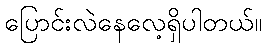
ပြောင်းလဲနေလေ့ရှိပါတယ်။